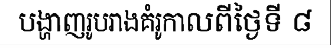
បង្ហាញរូបរាងគំរូកាលពីថ្ងៃទី ៨